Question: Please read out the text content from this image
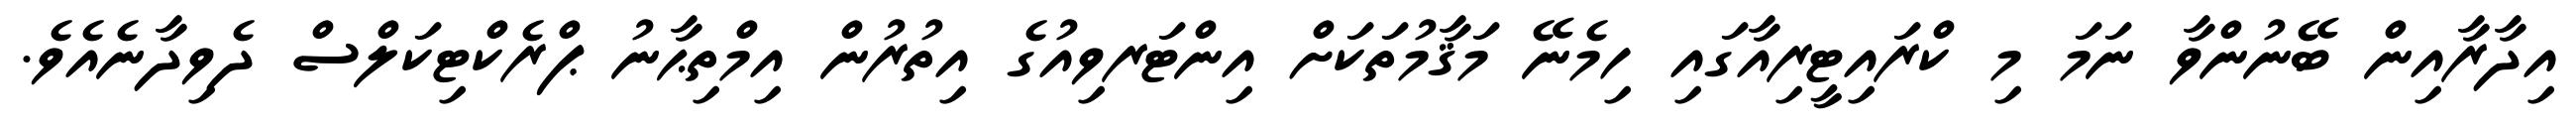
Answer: އިދާރާއިން ބޭނުންވާ ނަމަ މި ކްރައިޓީރިއާގައި ހިމެނޭ މަޤާމުތަކަށް އިންޓަރވިއުގެ އިތުރުން އިމްތިޙާނު ޕްރެކްޓިކަލްސް ދެވިދާނެއެވެ.